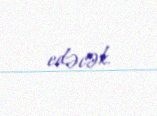
edəcək.